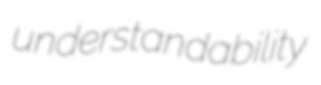
understandability